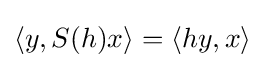
\langle y,S(h)x\rangle =\langle hy,x\rangle